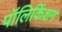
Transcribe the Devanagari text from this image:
पॉलिकिंशग